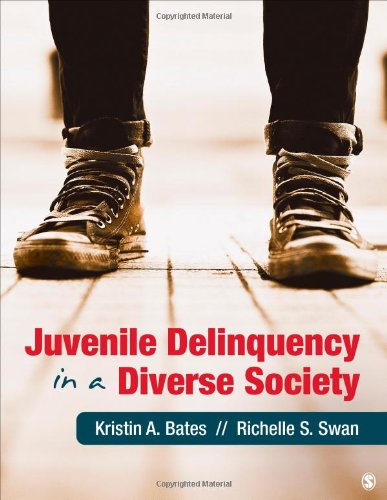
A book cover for Juvenile Delinquency in a Diverse Society; Kristin A. Bates; Medical Books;